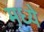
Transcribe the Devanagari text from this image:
मध्येे